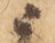
ニ